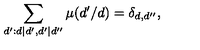
\sum _ { d ^ { \prime } : d | d ^ { \prime } , d ^ { \prime } | d ^ { \prime \prime } } \mu ( d ^ { \prime } / d ) = \delta _ { d , d ^ { \prime \prime } } ,